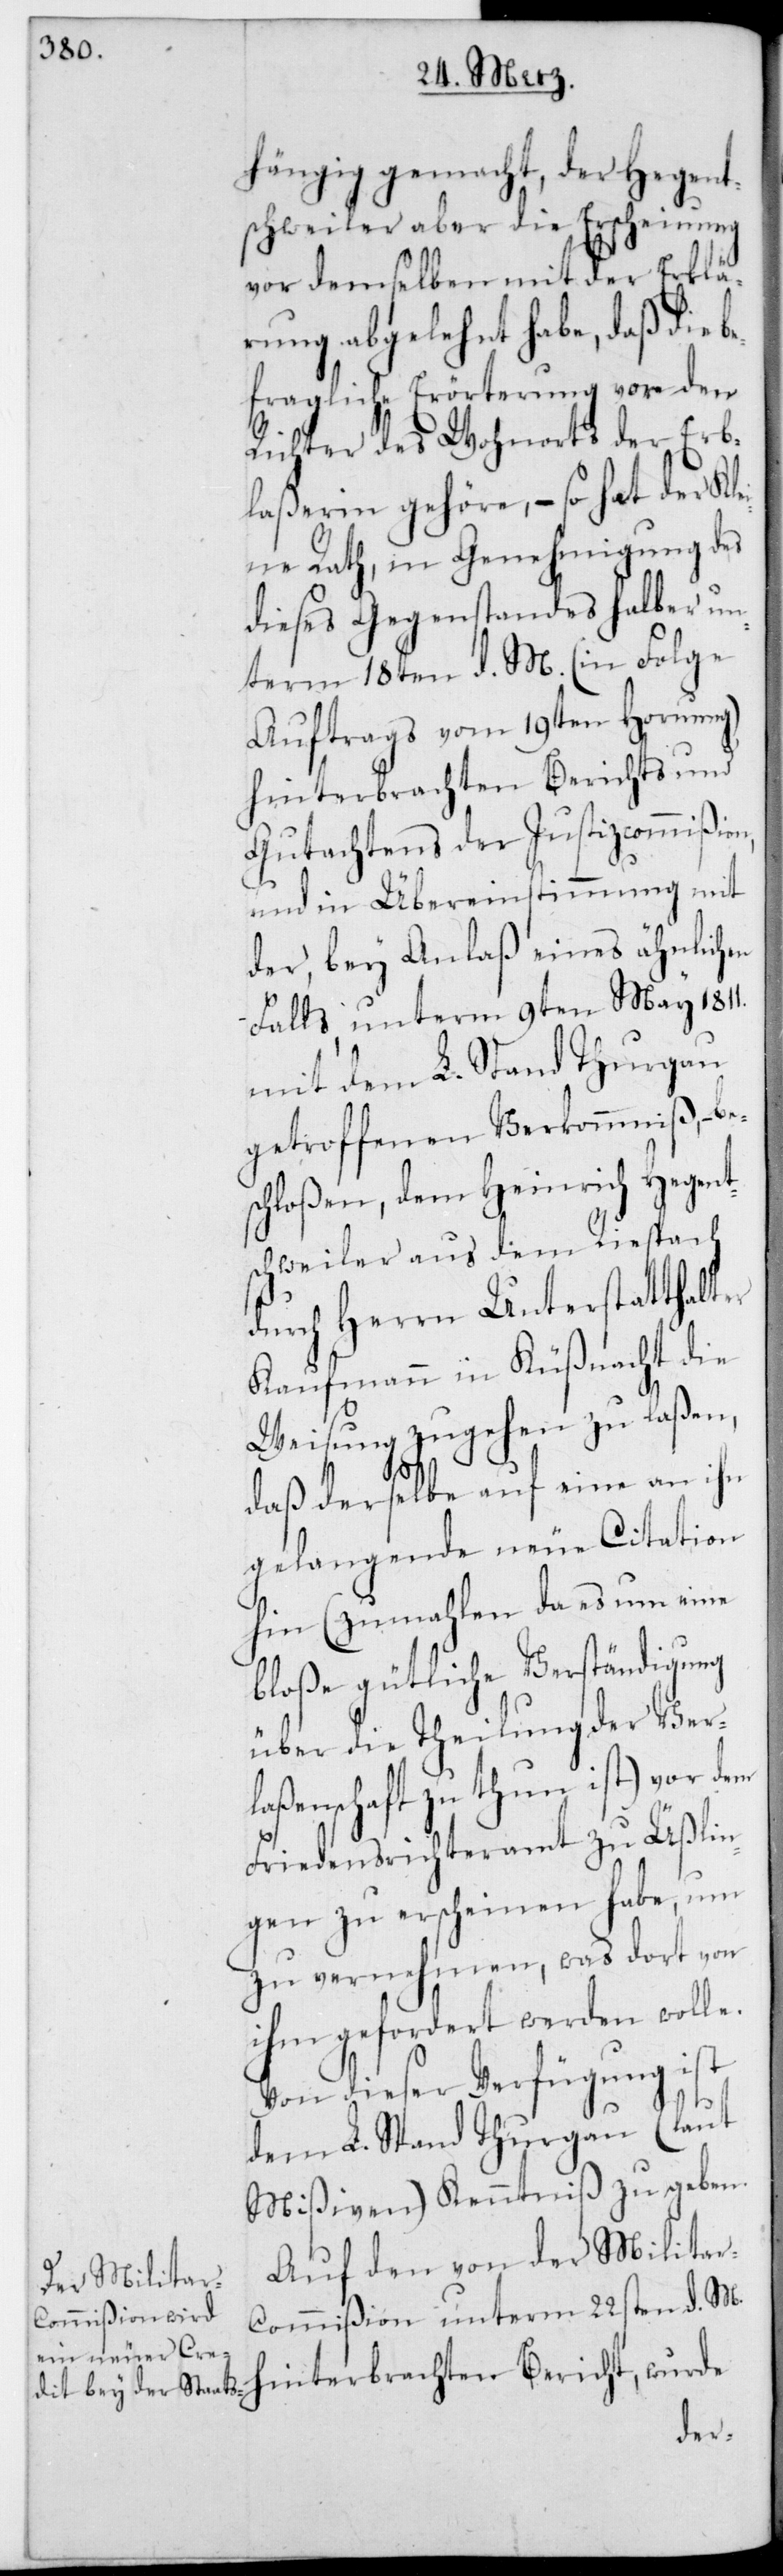
hängig gemacht, der Heget¬
schweiler aber die Erscheinung
vor demselben mit der Erklä¬
rung abgelehnt habe, daß die
befragliche Erörterung vor den
Richter des Wohnorts der Erb¬
laßerin gehöre, – so hat der Kl¬
eine Rath, in Genehmigung des
dieses Gegenstandes halber un¬
term 18ten d. M. (in Folge
Auftrags vom 19ten Hornung)
hinterbrachten Bericht, wurde
Gutachtens der Justizcommißion,
und in Übereinstimmung mit
der bey Anlaß eines ähnlichen
Falls, unterm 9ten May 1811
mit dem L. Stand Thurgau
getroffenen Verkommnis, – be¬
schloßen, dem Heinrich Heget¬
schweiler aus dem Riesbach
durch Herrn Unterstatthalter
Kaufmann in Küsnacht die
Weisung zugehen zu laßen,
daß derselbe auf eine an ihn
gelangende neue Citation
hin (zumahlen da es um eine
bloße gütliche Verständigung
über die Theilung der Ver¬
laßenschaft zu thun ist) vor dem
Friedensrichteramt zu Ueßlin¬
gen zu erscheinen habe, um
zu vernehmen, was dort von
ihm gefordert werden wolle.
Von dieser Verfügung ist
dem L. Stand Thurgau (laut
Mißiven) Kenntniß zu geben.
Auf den von der Milita¬
r-Commißion unterm 22sten d. M.